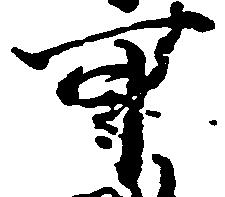
可